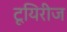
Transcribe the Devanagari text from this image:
टूयिरीज